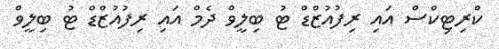
ކްރިޓިކްސް އައި ރިފުއުޒްޑް ޓު ބިލީވް ދެމް އައި ރިފުއުޒްޑް ޓު ބިލީވް